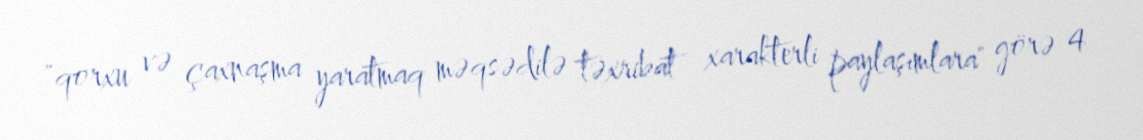
"qorxu və çaxnaşma yaratmaq məqsədilə təxribat xarakterli paylaşımlara" görə 4